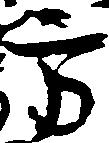
方